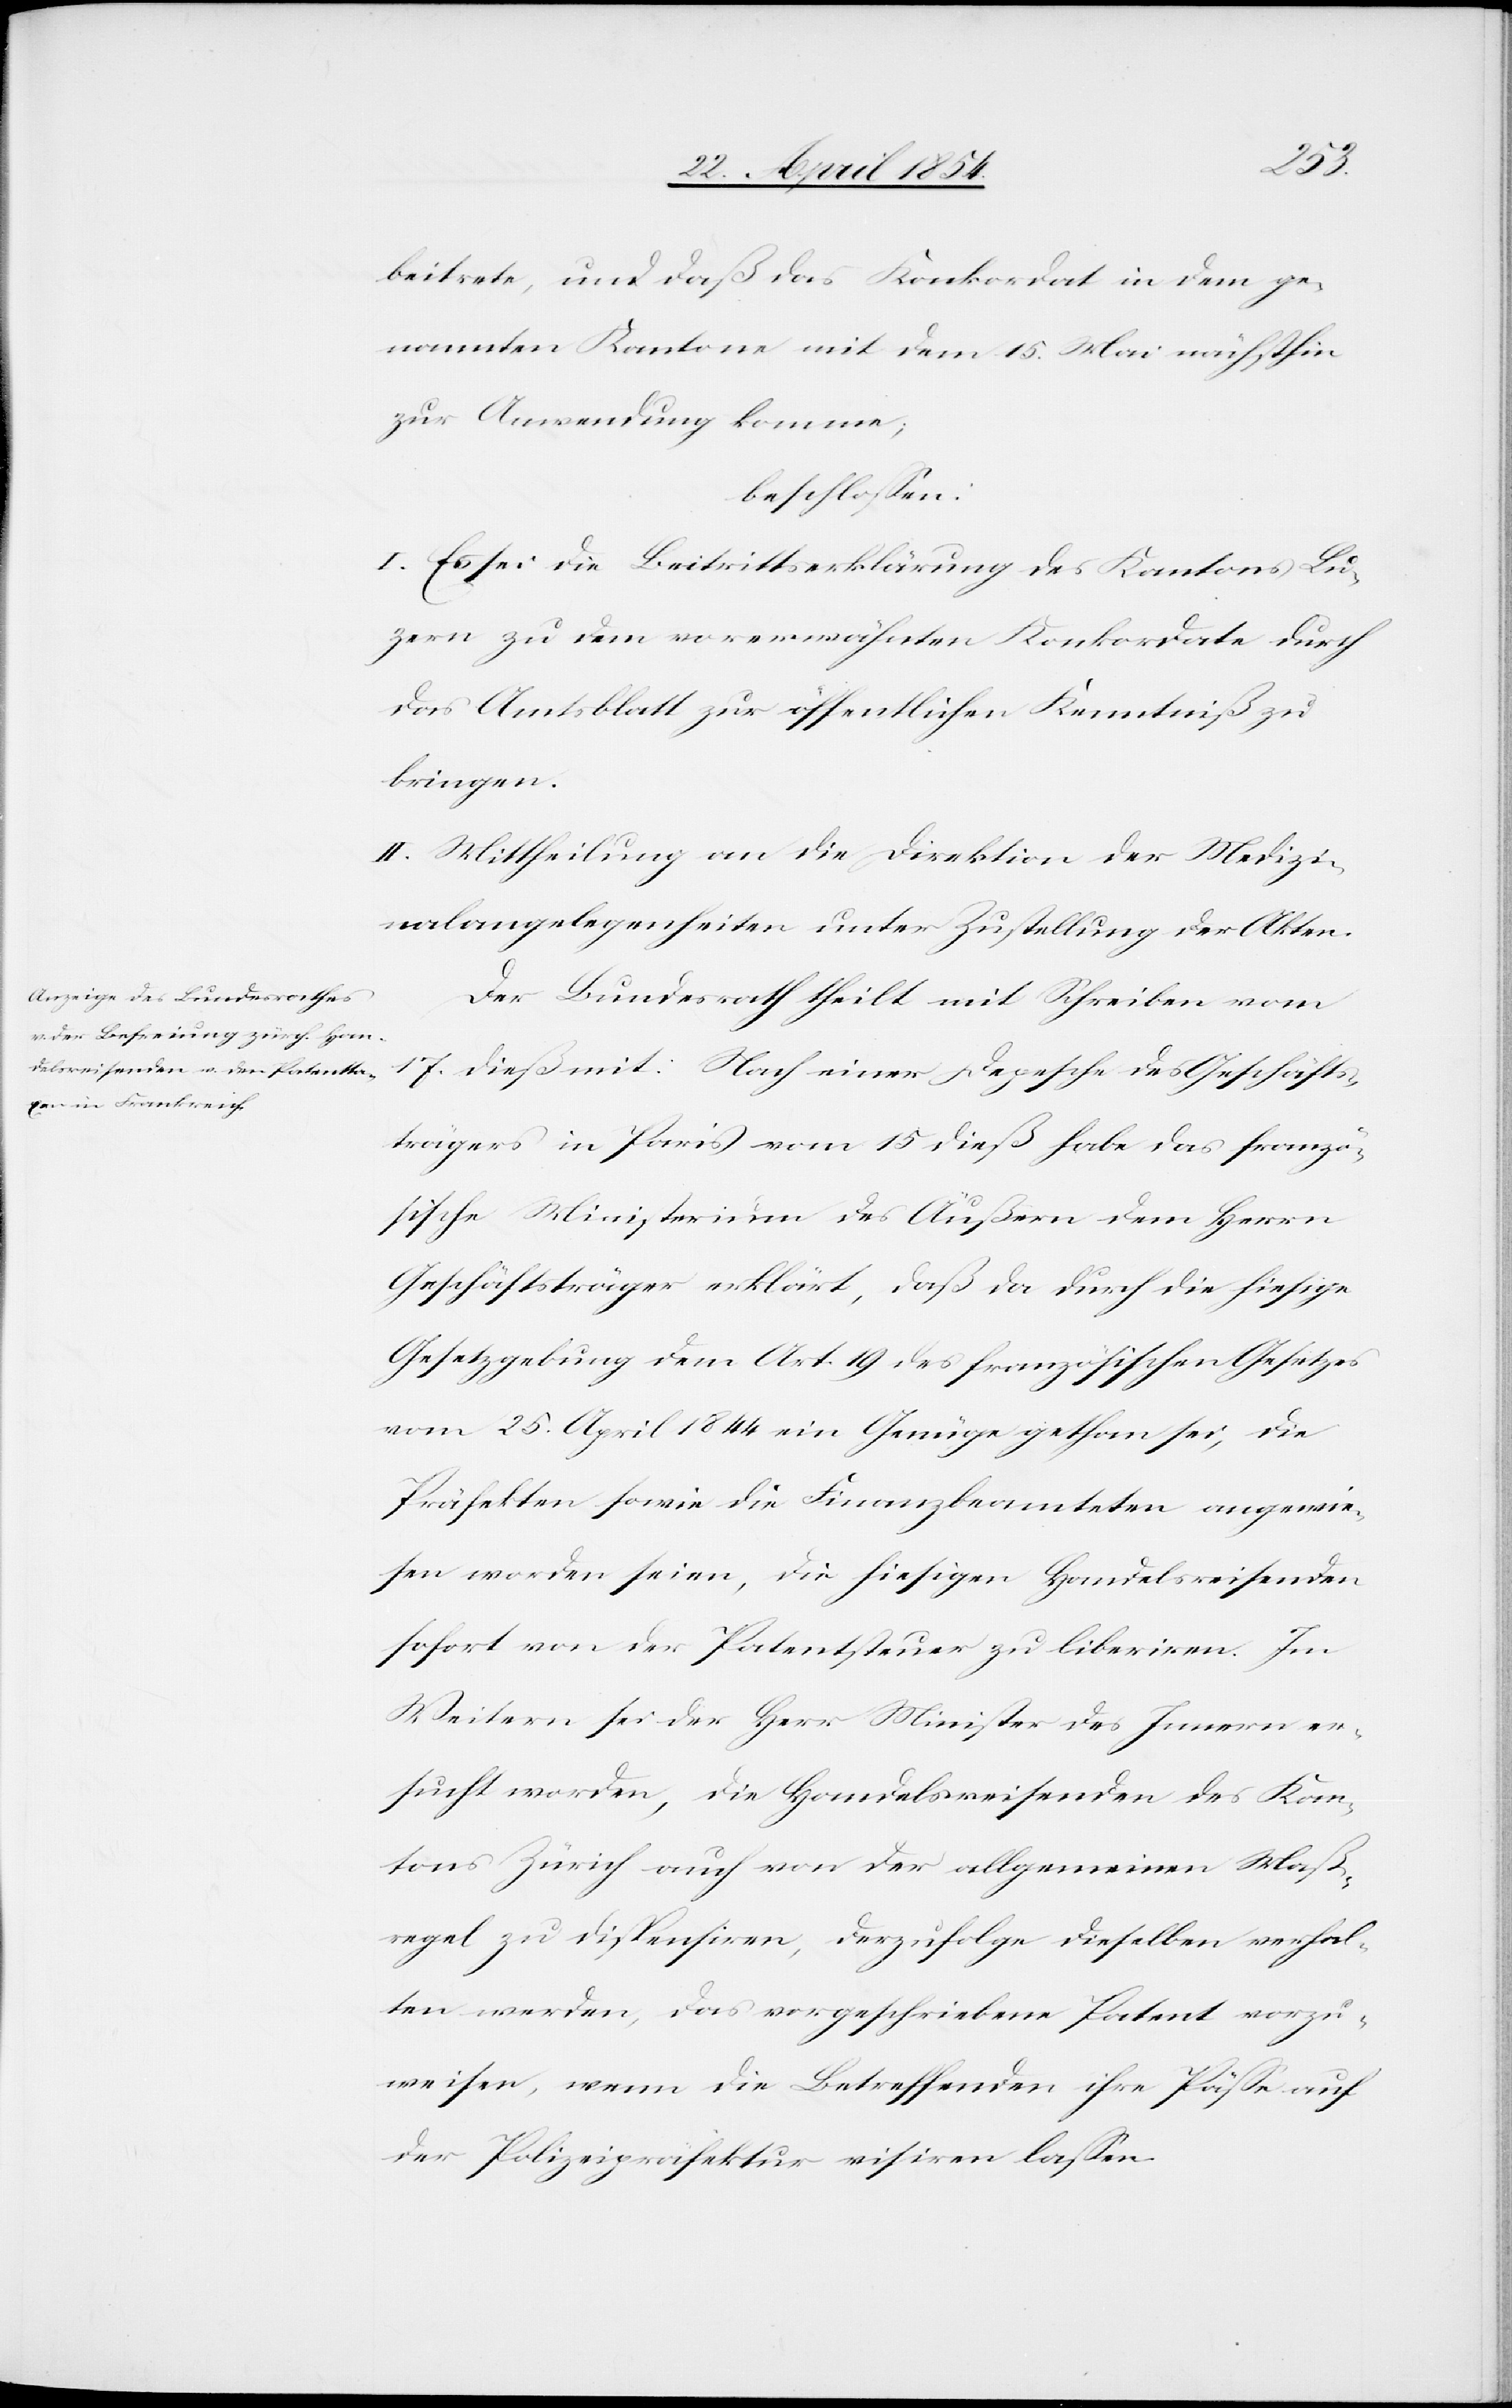
beitrete, und daß das Konkordate in dem ge¬
nannten Kantone mit dem 15. Mai nächsthin
zur Wendung komme;
beschloßen:
I. Es sei die Beitrittserklärung des Kantons Lu¬
zern zu dem vorerwähnten Konkordate durch
das Amtsblatt zur öffentlichen Kenntniß zu
bringen.
II. Mittheilung an die Direktion der Medizi¬
nalangelegenheiten unter Zustellung der Akten.
Der Bundesrath theilt mit Schreiben vom
17. dieß mit: Nach einer Depesche des Geschäfts¬
trägers in Paris vom 15 dieß habe das franzö¬
sische Ministerium des Äußern dem Herrn
Geschäftsträger erklärt, daß da durch die hiesige
Gesetzgebung dem Art. 19 des französischen Gesetzes
vom 25. April 1844 ein Genüge gethan sei, die
Präfekten sowie die Finanzbeamteten angewie¬
sen worden seien, die hiesigen Handelsreisenden
sofort von der Patentsteuer zu liberiren. Im
Weitern sei der Herr Minister des Innern er¬
sucht worden, die Handelsreisenden des Kan¬
tons Zürich auch von der allgemeinen Maß¬
regel zu dispensiren, derzufolge dieselben verhal¬
ten werden, das vorgeschriebene Patent vorzu¬
weisen, wenn die Betreffenden ihre Päße auf
der Polizeipräfektur visiren laßen.